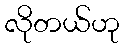
လိုတယ်ဟု